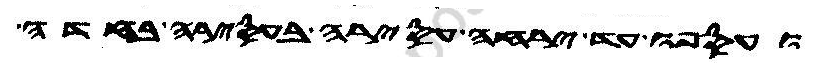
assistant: ועספו עד ירחה עסירה בעסירה בחדה